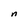
Character: n